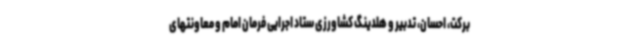
برکت، احسان، تدبیر و هلدینگ کشاورزی ستاد اجرایی فرمان امام و معاونتهای